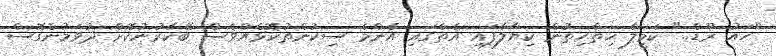
"ހައު ރޫޑް.." ކަމީލާ ހިތާހިތުން ކިޔާލާފައި އެތާގައި އެންމެ ސިކުންތުކޮޅެއްވެސް ބޭކާރުނުކޮށް ދުވަމުންގޮސް